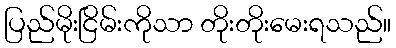
ပြည်မိုးငြိမ်းကိုသာ တိုးတိုးမေးရသည်။